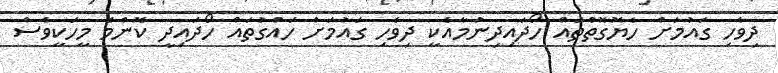
ދިވެހި ގައުމަށް ހެޔޮގޮތްތައް ހޯދައިދިނުމާއެކީ ދިވެހި ގައުމަށް ހައްގުތައް ހޯދައިދީ ކޮންމެ މީހަކީވެސް